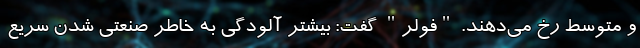
و متوسط رخ می‌دهند. "فولر" گفت: بیشتر آلودگی به خاطر صنعتی شدن سریع